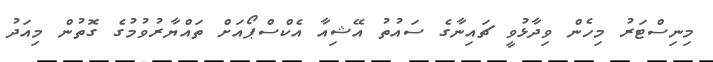
މިނިސްޓަރު މިހެން ވިދާޅުވީ ޗައިނާގެ ސައުތު އޭޝިއާ އެކްސްޕޯއަށް ތައްޔާރުވުމުގެ ގޮތުން މިއަދު